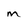
Character: m